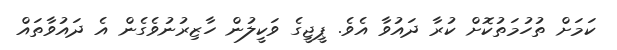
ކަމަށް ތުހުމަތުކޮށް ކުރާ ދައުވާ އެވެ. ޕީޖީގެ ވަކީލުން ހާޒިރުނުވެގެން އެ ދައުވާތައް